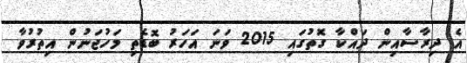
އެ ދިރާސާއިން ދައްކާ ގޮތުގައި 2015 ވަނަ އަހަރު ބޮޑެތި މަހުޖަނުން އިތުރުވާ